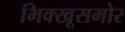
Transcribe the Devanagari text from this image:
भिक्खूसमोर